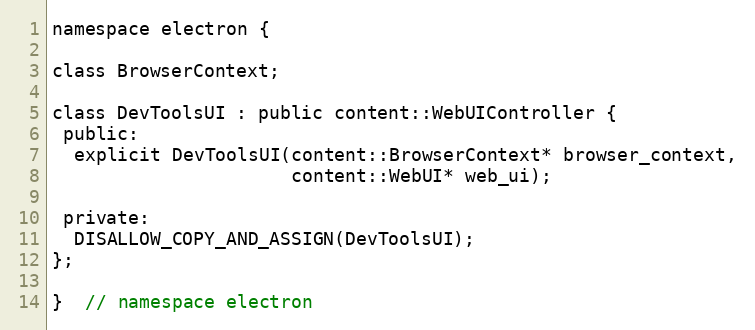
Language: C
namespace electron {

class BrowserContext;

class DevToolsUI : public content::WebUIController {
 public:
  explicit DevToolsUI(content::BrowserContext* browser_context,
                      content::WebUI* web_ui);

 private:
  DISALLOW_COPY_AND_ASSIGN(DevToolsUI);
};

}  // namespace electron